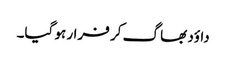
داؤد بھا گ کر فرار ہو گیا۔